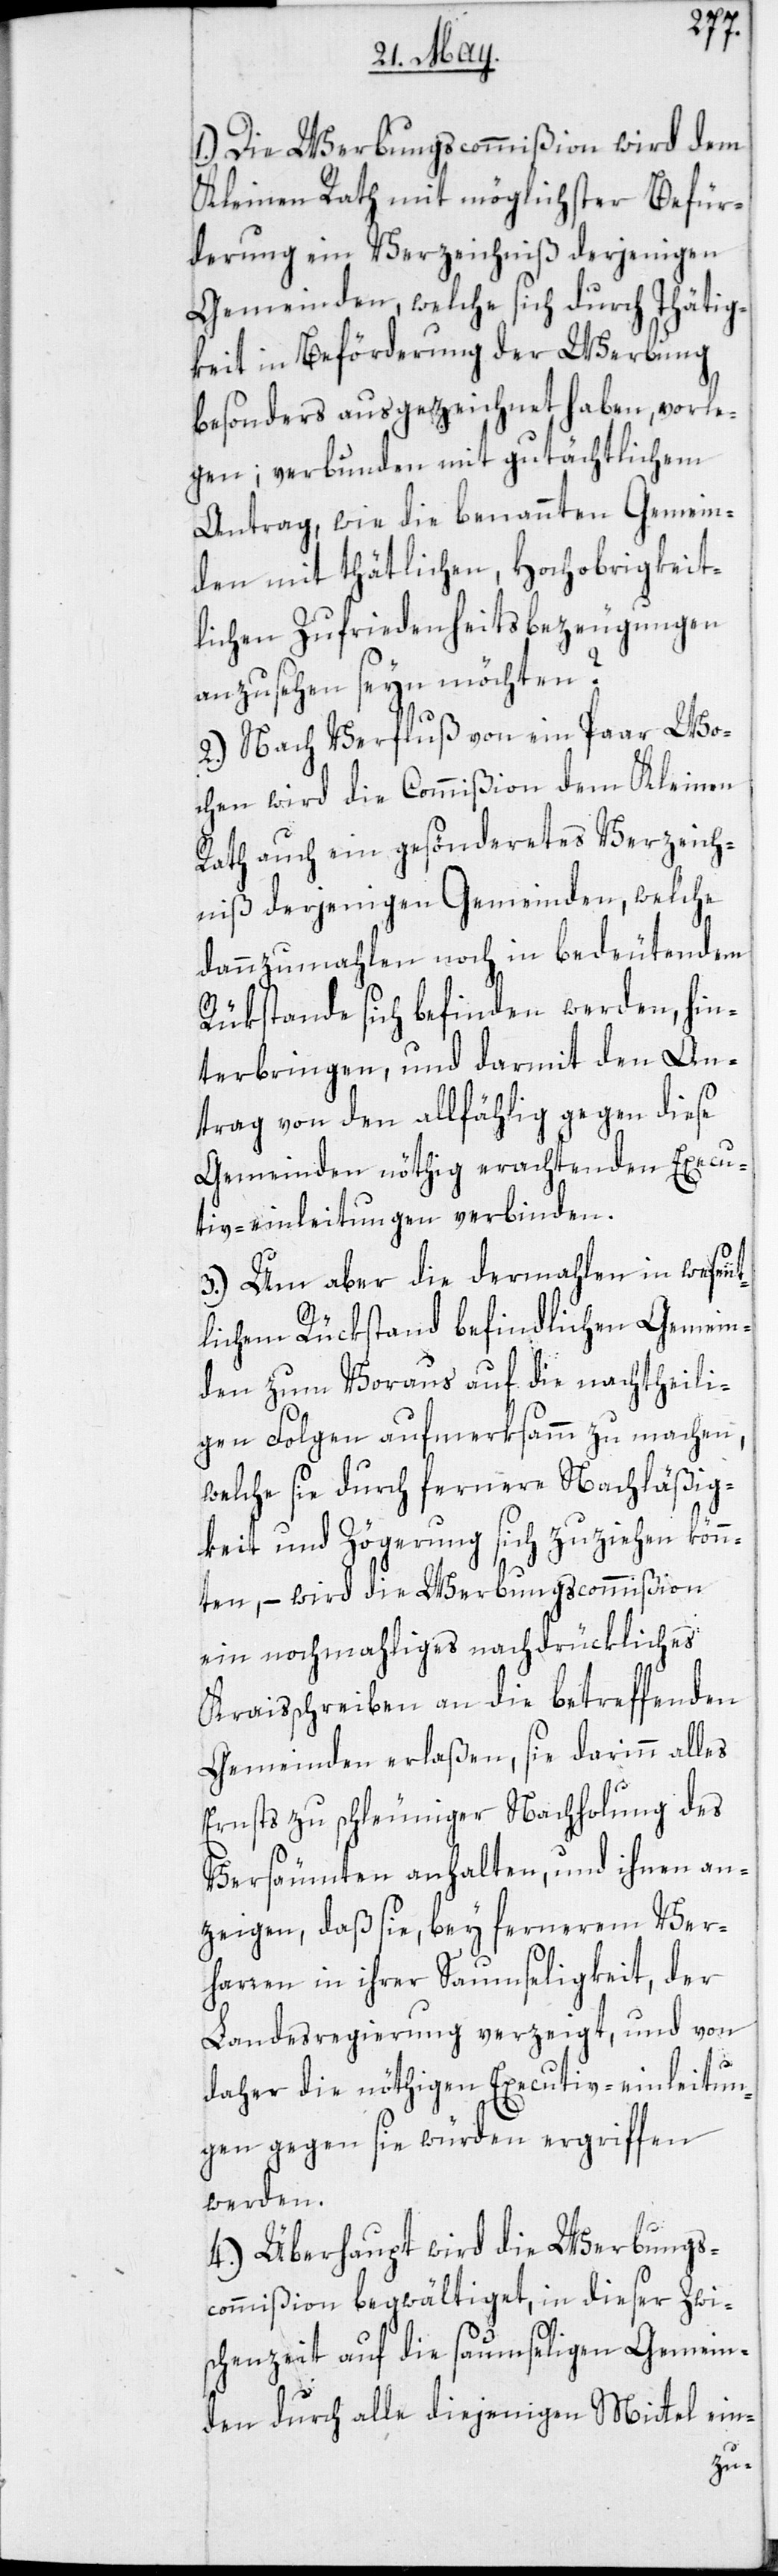
1.) Die Werbungscommißion wird dem
Kleinen Rath mit möglichster Befür¬
derung ein Verzeichniß derjenigen
Gemeinden, welche sich durch Thätig¬
keit in Beförderung der Werbung
besonders ausgezeichnet haben, vorle¬
gen; verbunden mit gutächtlichem
Antrag, wie die benannten Gemein¬
den mit thätlichen, Hochobrigkeit¬
lichen Zufriedenheitsbezeugungen
anzusehen seyn möchten?
2.) Nach Verfluß von ein Paar Wo¬
chen wird die Commißion dem Kleinen
Rath auch ein gesöndertes Verzeich¬
niß derjenigen Gemeinden, welche
dannzumahlen noch in bedeutendem
Rükstande sich befinden werden, hin¬
terbringen, und darmit den An¬
trag von den allfählig gegen diese
Gemeinden nöthig erachtenden Execu¬
tiv-einleitungen verbinden.
3.) Um aber die dermahlen in wesent¬
lichem Rückstand befindlichen Gemein¬
den zum Voraus auf die nachtheili¬
gen Folgen aufmerksamm zu machen,
welche sie durch fernere Nachläßig¬
keit und Zögerung sich zuziehen könn¬
ten, – wird die Werbungscommißion
ein nochmahliges nachdrückliches
Kreisschreiben an die betreffenden
Gemeinden erlaßen, sie darinn alles
Ernsts zu schleuniger Nachholung des
Versäumten anhalten, und ihnen an¬
zeigen, daß sie, bey fernerem Ver¬
harren in ihrer Saumseligkeit, der
Landesregierung verzeigt, und von
daher die nöthigen Executiv-einleitun¬
gen gegen sie würden ergriffen
werden.
4.) Überhaupt wird die Werbungs¬
commißion begwältiget, in dieser Zwi¬
schenzeit auf die saumseligen Gemein¬
den durch alle diejenigen Mittel ein-